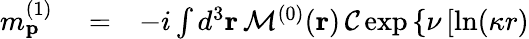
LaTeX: \begin{array}{rlr}{m_{\mathbf{p}}^{(1)}}&{{}=}&{-i\int d^{3}\mathbf{r}\, {\cal M}^{(0)}(\mathbf{r})\, {\cal C}\exp\left\{ \nu\left[\ln(\kappa r)\right.\right.}\end{array}